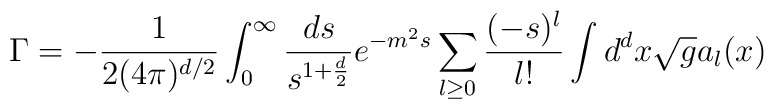
\Gamma = -{1\over 2 (4\pi)^{d/2}}\int_0^\infty {ds\over s^{1+{d\over 2}}}e^{-m^2 s}\sum_{l\geq 0}{(-s)^l\over l!} \int d^dx\sqrt g a_l(x)